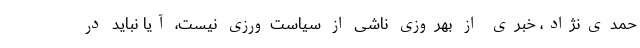
حمدی‌نژاد، خبری از بهروزیِ ناشی از سیاست‌ورزی نیست، آیا نباید در